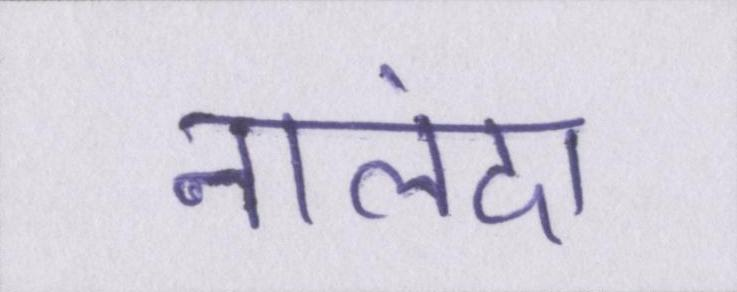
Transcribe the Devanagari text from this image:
नालंदा